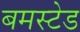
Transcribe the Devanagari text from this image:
बमस्टेड